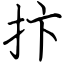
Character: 抃